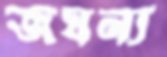
জঘন্য